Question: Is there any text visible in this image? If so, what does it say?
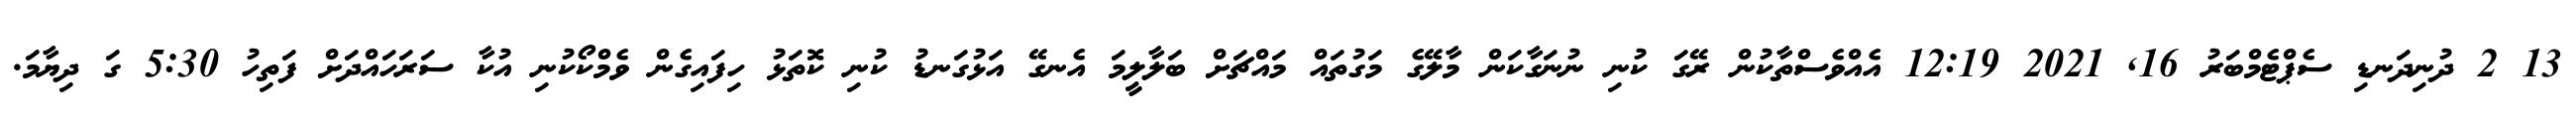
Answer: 13 2 ދުނިދަނޑި ސެޕްޓެމްބަރު 16, 2021 12:19 އެއްވެސްތާކުން ރޭގަ ކުނި ނުނަގާކަން މާލޭގެ މަގުތައް މައްޗަށް ބަލާލީމަ އެނގޭ އަޅުގަނޑު ކުނި ކޮތަޅު ހިފައިގެން ވެމްކޯކުނި އުކާ ސަރަހައްދަށް ފަތިހު 5:30 ގަ ދިޔާމަ.